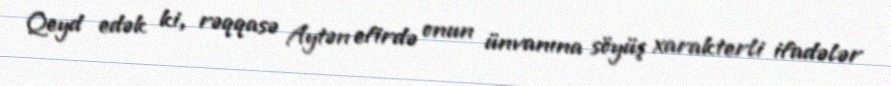
Qeyd edək ki, rəqqasə Aytən efirdə onun ünvanına söyüş xarakterli ifadələr